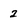
Character: 2